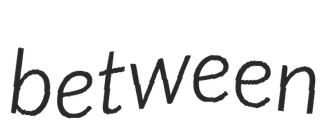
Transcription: between